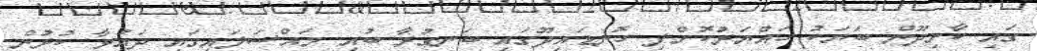
ގައި ކާށިދޫން ބަޔަކު ހައްޔަރުކޮށްފި ހޮނޑައިދޫގައި ބަނގުރާ ބުއި މައްސަލައިގައި ދައުވާ ކުރުން